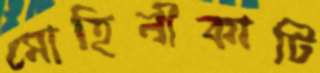
মোহিনীকাটি